Epidemic dropsy in Calcutta - Number 49
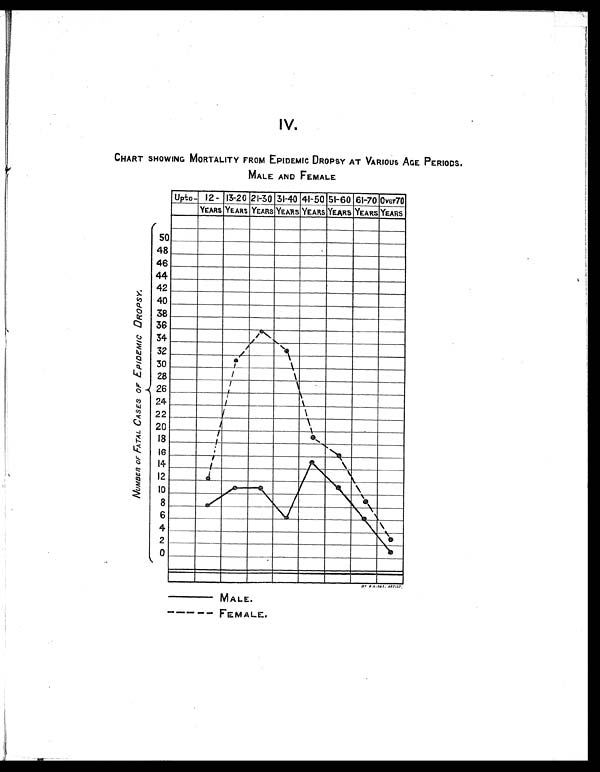
IV.
CHART SHOWING MORTALITY FROM EPIDEMIC DROPSY AT VARIOUS AGE PERIODS.
MALE AND FEMALE
N U M B E R O F F A T A L C A S E S . O F E P I D E M I C D R O P S Y .
— M A L E .
---- FEMALE.